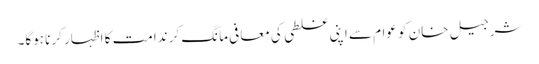
شرجیل خان کو عوام سے اپنی غلطی کی معافی مانگ کر ندامت کا اظہار کرنا ہوگا۔